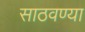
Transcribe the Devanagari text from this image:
साठवण्या